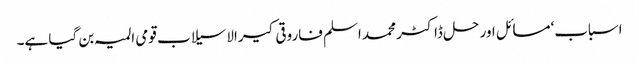
اسباب‘مسائل اور حل ڈاکٹر محمد اسلم فاروقی کیرالا سیلاب قومی المیہ بن گیا ہے۔